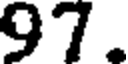
97.